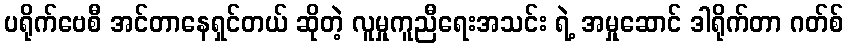
ပရိုက်ဗေစီ အင်တာနေရှင်တယ် ဆိုတဲ့ လူမှုကူညီရေးအသင်း ရဲ့ အမှုဆောင် ဒါရိုက်တာ ဂတ်စ်